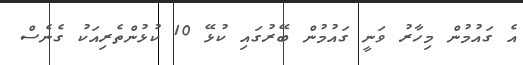
އެ ގައުމުން މިހާރު ވަނީ ގައުމުން ބޭރުގައި ކުޅޭ 10 ކުޅުންތެރިއަކު ގެނެސް